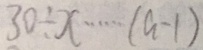
3 0 \div x \cdots ( a - 1 )